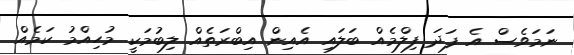
ނަމަވެސް އެ ފަދަ ފިލްމެއް ބަލައި އެއިން އިބްރަތެއް ލިބުމަކީ މުހިއްމު ކަމެއް